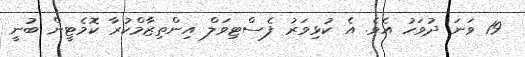
19 ވަނަ ދުވަހު އެވެ. އެ ކުޅިވަރު ފެސްޓިވަލް އިންތިޒާމްކުރާ ކޮމެޓީން ބުނީ